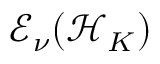
\mathcal { E } _ { \nu } ( \mathcal { H } _ { K } )